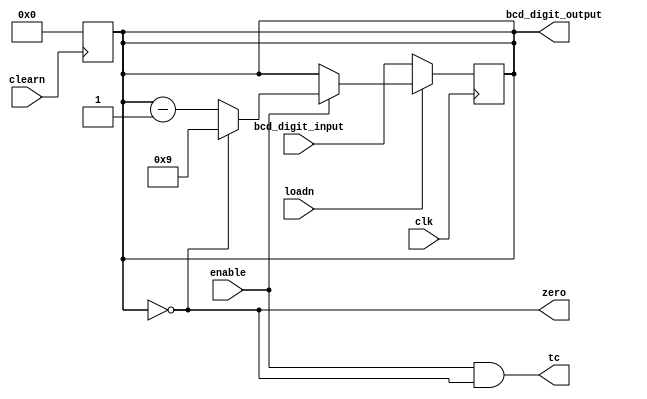
module counter_mod10 (
  input wire clk,
  input wire clearn,
  input wire loadn,
  input wire enable,
  output wire tc,
  output wire zero,
  input wire [3:0] bcd_digit_input,
  output wire [3:0] bcd_digit_output
);

always @ (negedge clearn)
  begin
    bcd_digit_reg <= 4'b0000;
  end

  reg [3:0] bcd_digit_reg; // Register to hold the BCD digit value

  always @(posedge clk) begin
    
     if (enable) begin
        if (bcd_digit_reg == 4'b0000) begin
          bcd_digit_reg <= 4'b1001; // loadn 9 when it rolls over from 0
        end else begin
          bcd_digit_reg <= bcd_digit_reg - 1;
        end
      end


    if(!loadn)begin 
        bcd_digit_reg <= bcd_digit_input;
    end
end 

  assign bcd_digit_output = bcd_digit_reg;
  assign zero = (bcd_digit_reg == 4'b0000);
  assign tc = enable & zero;

endmodule